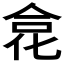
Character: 𠉼